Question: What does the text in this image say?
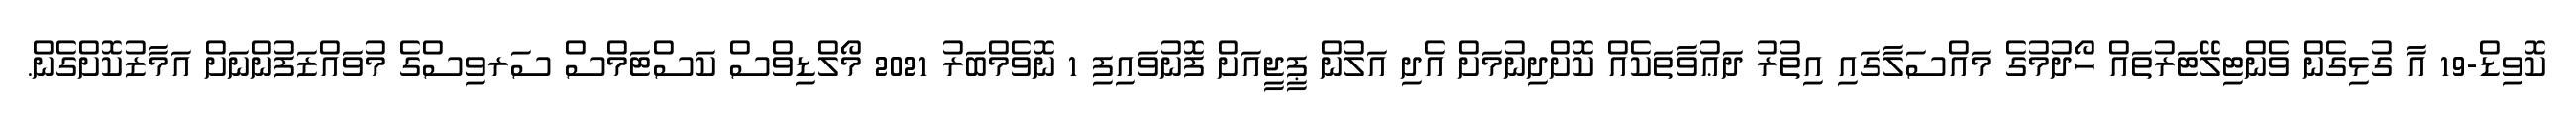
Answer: ކޮވިޑް-19 އާ ގުޅިގެން ވެންޓިލޭޓަރުތައް ހޯދުމުގެ މައްސަލާގައި އިތުރު ދަޢުވާތަކެއް ކޮށްދިނުމަށް އެދި އަލުން ޕީޖީއަށް ފޮނުވައިފި 1 ނޮވެމްބަރު 2021 މޯލްޑިވްސް ކަސްޓަމްސް ސަރވިސްގެ މުވައްޒަފުންނަށް އަމާޒުކޮށްގެން.